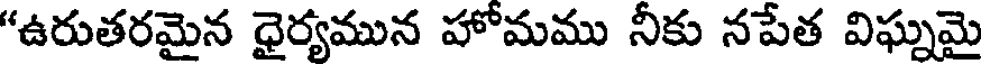
"ఉరుతరమైన ధైర్యమున హోమము నీకు నపేత విఘ్నమై